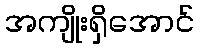
အကျိုးရှိအောင်